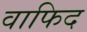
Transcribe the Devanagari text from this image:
वाफिद